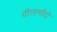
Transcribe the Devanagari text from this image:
दीत्तामोंदो